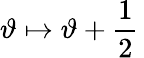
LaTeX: \vartheta\mapsto\vartheta+\frac{\textstyle 1}{\textstyle 2}\,